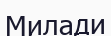
Милади